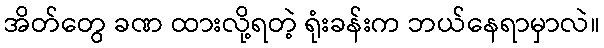
အိတ်တွေ ခဏ ထားလို့ရတဲ့ ရုံးခန်းက ဘယ်နေရာမှာလဲ။